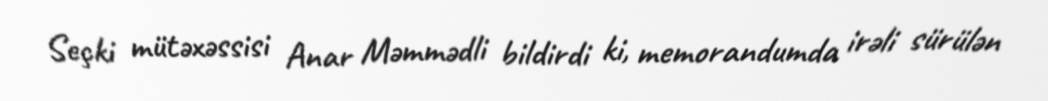
Seçki mütəxəssisi Anar Məmmədli bildirdi ki, memorandumda irəli sürülən